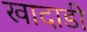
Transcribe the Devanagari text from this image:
खादाडी